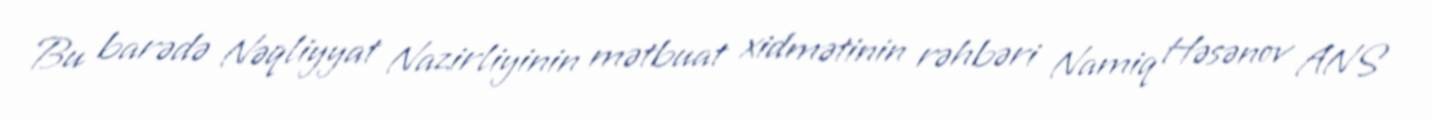
Bu barədə Nəqliyyat Nazirliyinin mətbuat xidmətinin rəhbəri Namiq Həsənov ANS